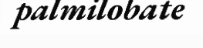
palmilobate